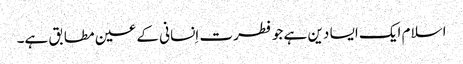
اسلام ایک ایسا دین ہے جو فطرت اِنسانی کے عین مطابق ہے۔